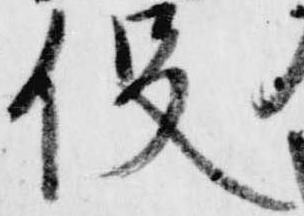
役